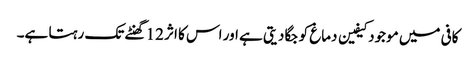
کافی میں موجود کیفین دماغ کو جگا دیتی ہے اور اس کا اثر 12 گھنٹے تک رہتا ہے۔